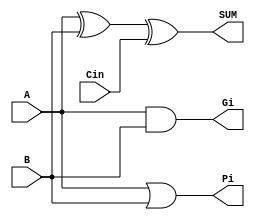
// Mark Mitri & Ryan Forelli
// 9/6/2021
// ECE 128
// Lab 2 Part 4

`timescale 1ns / 1ps

module carry_lookahead_adder(input A, B, Cin, output SUM, Pi, Gi);
    wire wire1;
    xor x1(wire1, A, B);
    xor x2(SUM, wire1, Cin);
    or o1(Pi, A, B);
    and a1(Gi, A, B);
endmodule

module carry_lookahead_adder_4bit(input[3:0] num1, num2, output[4:0] result);
    wire c1, c2, c3;
    wire p0, p1, p2, p3, g0, g1, g2, g3;
    carry_lookahead_adder bit0(num1[0], num2[0], 1'b0, result[0], p0, g0);
    carry_lookahead_adder bit1(num1[1], num2[1], c1, result[1], p1, g1);carry_lookahead_adder bit2(num1[2], num2[2], c2, result[2], p2, g2);
    carry_lookahead_adder bit3(num1[3], num2[3], c3, result[3], p3, g3); //Generate function gi is last carry
    wire wire1, wire2, wire3, wire4, wire5, wire6, wire7, wire8, wire9, wire10, wire11, wire12;
    // //C1=G0+P0C0
    // and a1(wire1, p0, 1'b0);
    // or o1(c1, wire1, g0);
    //Simplified version
    //C1=G0
    buf(c1, g0);
    // //C2=G1+P1C1 = G1+P1G0+P1P0C0
    // and a2(wire2, g0, p1);
    // and a3(wire3, p1, p0);
    // and a4(wire4, wire3, 1'b0);
    // or o2(wire5, wire2, wire4);
    // or o3(c2, g1, wire5);
    //Simplified verion
    //C2=G1+P1G0
    and a1(wire1, g0, p1);
    or o1(c2, wire1, g1);
    //C3=G2+P2C2 = G2+P2G1+P2P1G0+P2P1P0C0
    // and a5(wire6, p2, p1);
    // and a6(wire7, p0, wire6);
    // and a7(wire8, 1'b0, wire7);
    // and a8(wire9, g0, wire6);
    // and a9(wire10, g1, p2);
    // or o4(wire11, g2, wire10);
    // or o5(wire12, wire11, wire9);
    // or o6(c3, wire12, wire8);
    //Simplified version
    //C3=G2+P2G1+P2P1G0
    and a2(wire2, g1, p2);
    and a3(wire3, p1, p2);
    and a4(wire4, wire3, g0);
    or o2(wire5, g2, wire2);
    or o3(c3, wire4, wire5);
    //Simplified version, find c4 (MSB of answer)
    //C4=G3+P3G2+P3P2G1+P3P2P1G0
    and a5(wire6, p3, p2);
    and a6(wire7, p1, wire6);
    and a7(wire8, g0, wire7);
    and a8(wire9, g1, wire6);
    and a9(wire10, g2, p3);
    or o4(wire11, g3, wire10);
    or o5(wire12, wire11, wire9);
    or o6(result[4], wire12, wire8);
endmodule